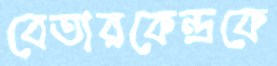
বেতারকেন্দ্রকে